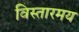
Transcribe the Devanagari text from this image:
विस्तारमय